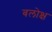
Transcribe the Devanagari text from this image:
बलोक्ष